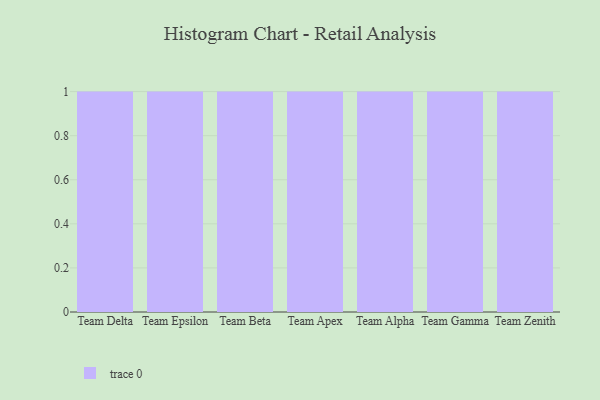
{"axis": {"x": "Team", "y": "Operating Costs (USD K)"}, "legend": [""], "data": [{"x": "Team Delta", "y": 91, "type": ""}, {"x": "Team Epsilon", "y": 11, "type": ""}, {"x": "Team Beta", "y": 76, "type": ""}, {"x": "Team Apex", "y": 63, "type": ""}, {"x": "Team Alpha", "y": 10, "type": ""}, {"x": "Team Gamma", "y": 89, "type": ""}, {"x": "Team Zenith", "y": 77, "type": ""}]}